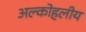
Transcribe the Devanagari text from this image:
अल्कोहलीय